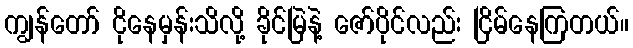
ကျွန်တော် ငိုနေမှန်းသိလို့ ခိုင်မြဲနဲ့ ဇော်ပိုင်လည်း ငြိမ်နေကြတယ်။